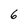
Character: 6